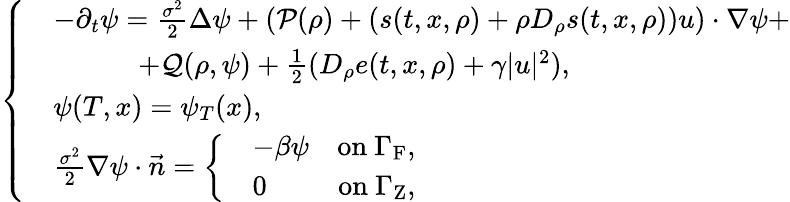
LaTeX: \left\{ \begin{array}{rl}&{-\partial_{t}\psi=\frac{\sigma^{2}}{2}\Delta\psi+\left(\mathcal{P}(\rho)+(s(t,x,\rho)+\rho D_{\rho}s(t,x,\rho))u\right)\cdot\nabla\psi+}\\ &{\quad\quad\quad+\mathcal{Q}(\rho,\psi)+\frac{1}{2}(D_{\rho}e(t,x,\rho)+\gamma|u|^{2}),}\\ &{\psi(T,x)=\psi_{T}(x),}\\ &{\frac{\sigma^{2}}{2}\nabla\psi\cdot\vec{n}=\left\{ \begin{array}{rlr}&{-\beta\psi}&{\mathrm{on~}\Gamma_{\mathrm{F}},}\\ &{0}&{\mathrm{on~}\Gamma_{\mathrm{Z}},}\end{array}\right.}\end{array}\right.